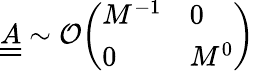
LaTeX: \underline{{\underline{{A}}}}\sim\mathcal{O}\begin{array}{l}{\left(\begin{array}{ll}{M^{-1}}&{0}\\ {0}&{M^{0}}\end{array}\right)}\end{array}